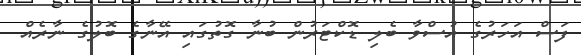
ފަސް އަހަރުގެ އުސްވާ ބެލި ޑޮކްޓަރުން ބުނާ ގޮތުގައި އޭނާގެ ބޮލުގެ ނާރެއް